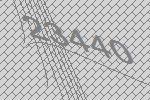
23440